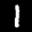
Label: 1